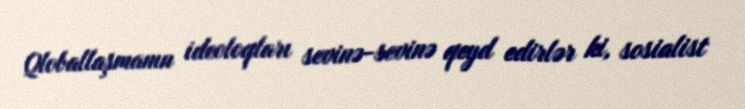
Qloballaşmanın ideoloqları sevinə-sevinə qeyd edirlər ki, sosialist